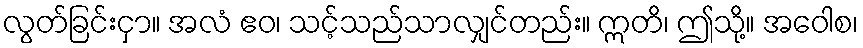
လွတ်ခြင်းငှာ။ အလံ ဧဝ၊ သင့်သည်သာလျှင်တည်း။ ဣတိ၊ ဤသို့။ အဝေါစ၊